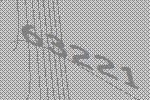
63221